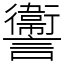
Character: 讏